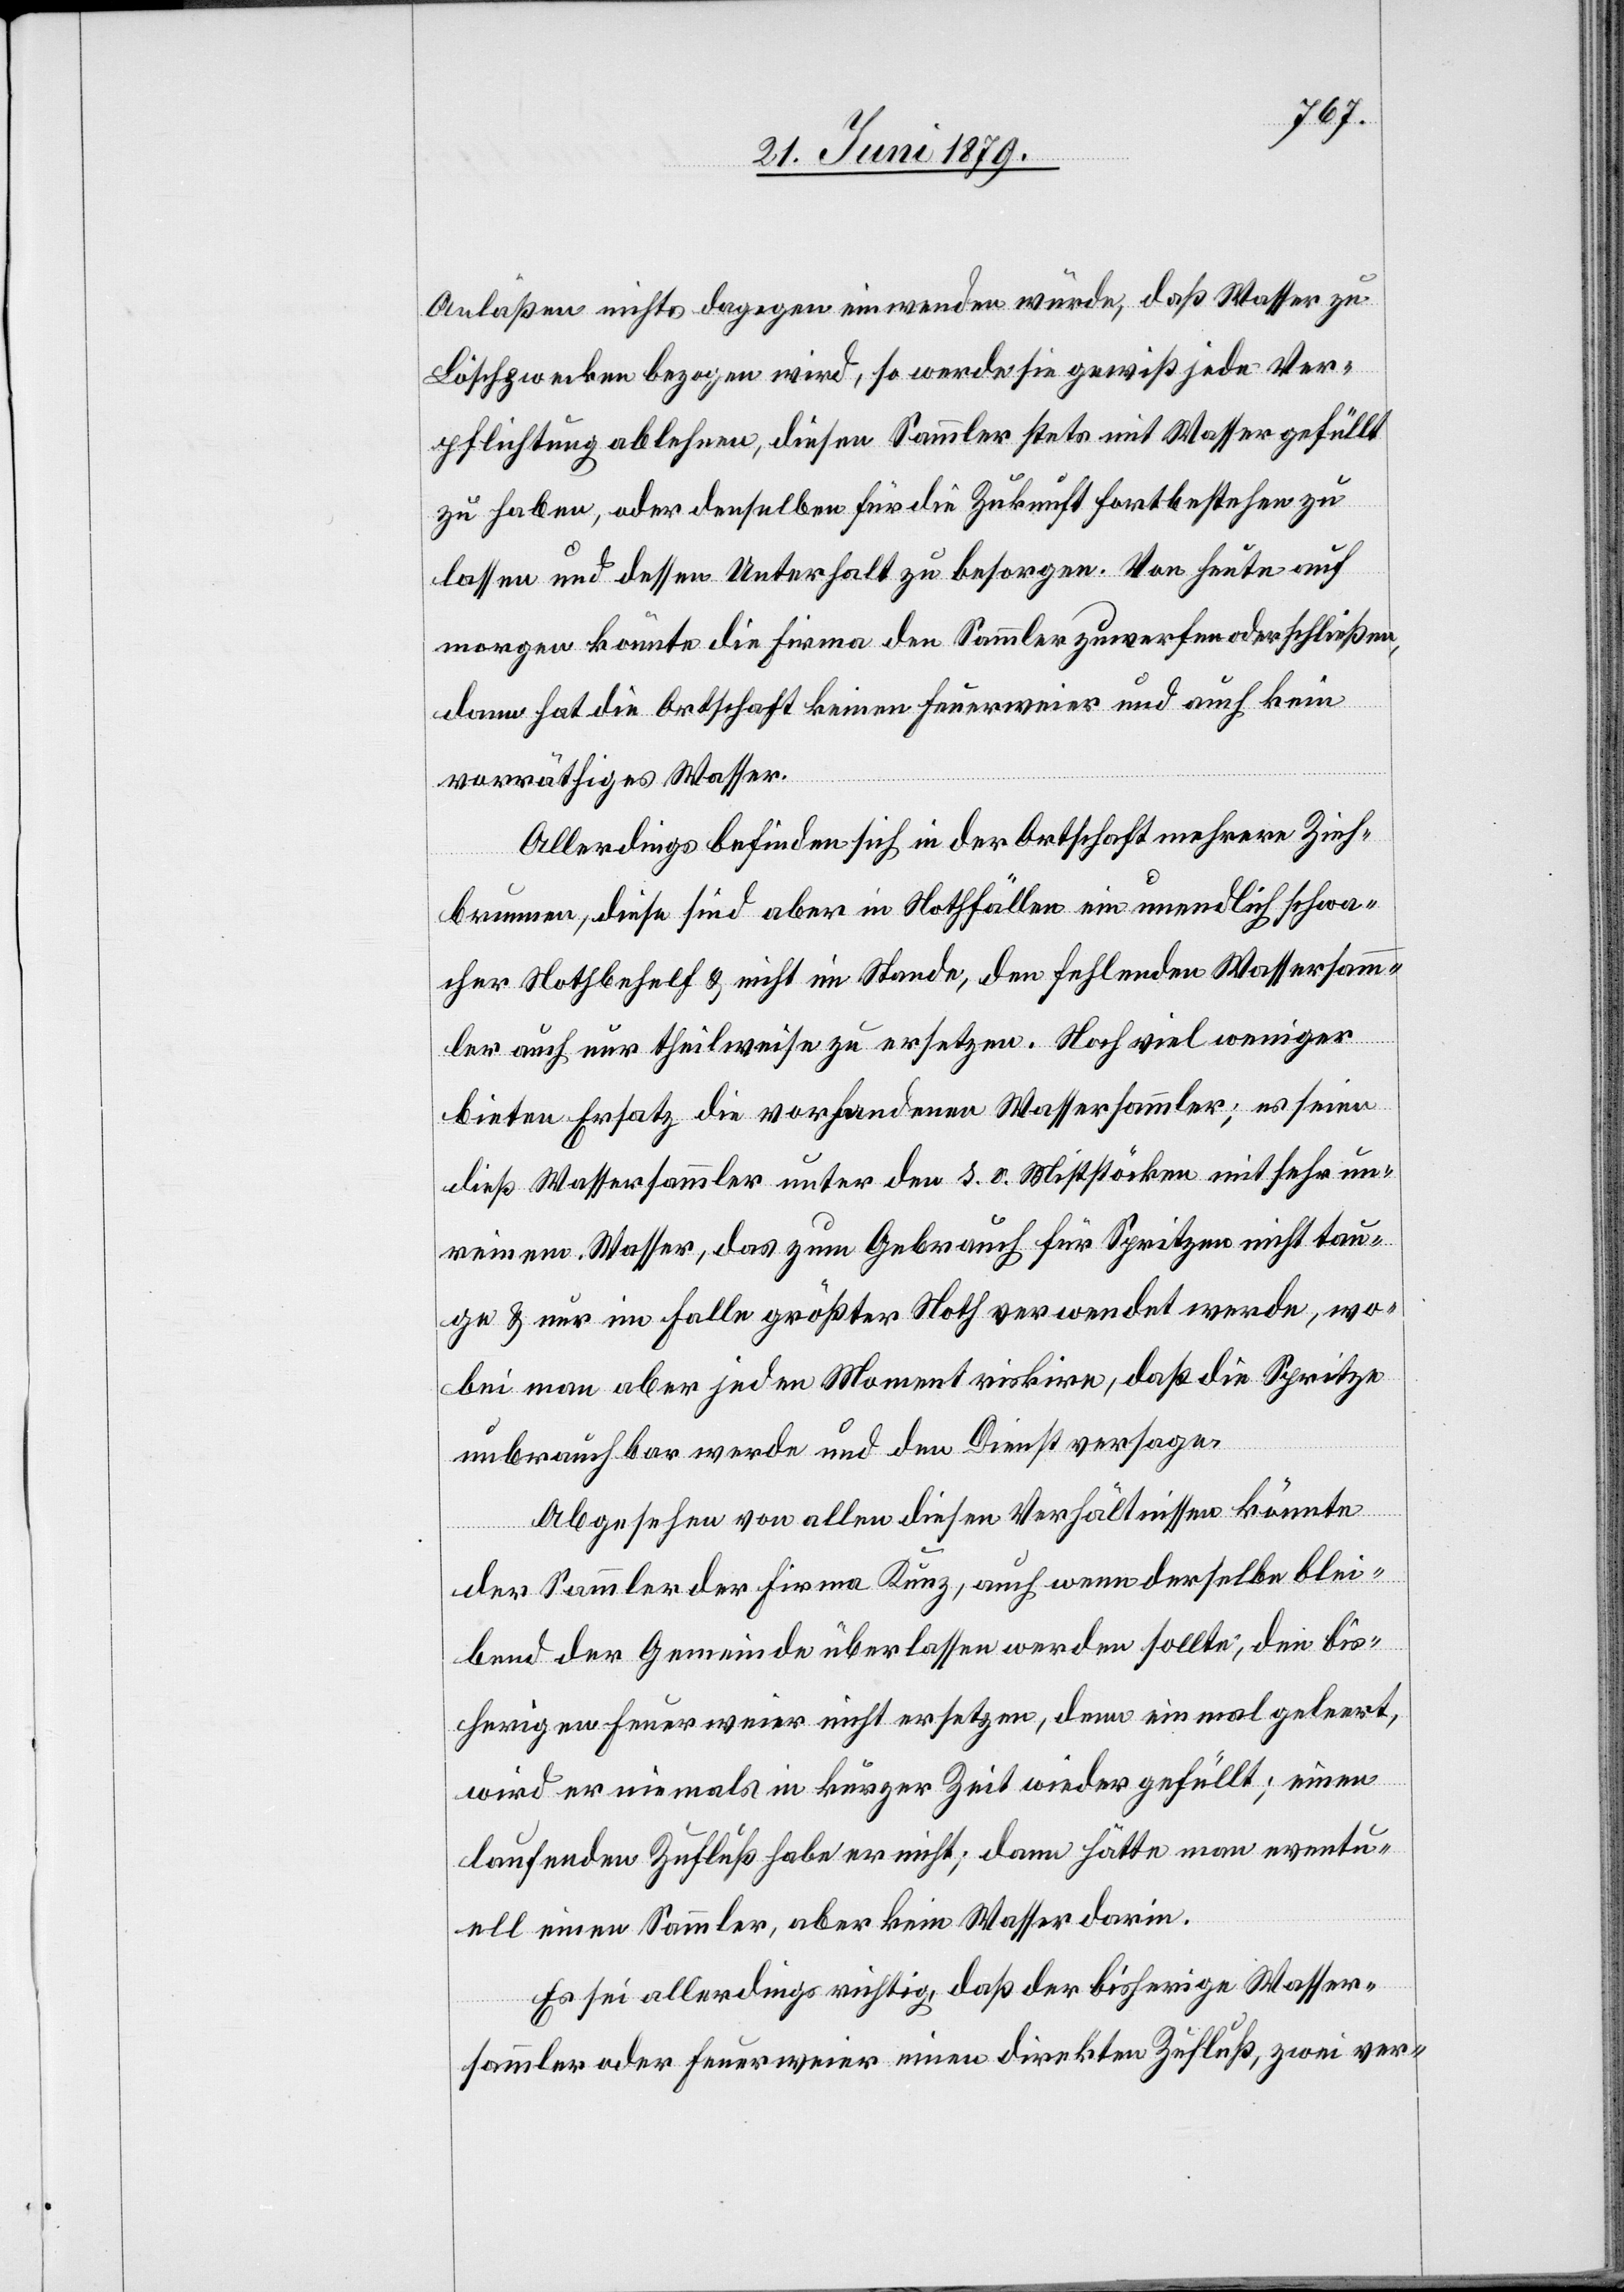
Anläßen nichts dagegen einwenden würde, daß Wasser zu
Löschzwecken bezogen wird, so werde sie gewiß jede Ver¬
pflichtung ablehnen, diesen Sammler stets mit Wasser gefüllt
zu haben, oder denselben für die Zukunft fortbestehen zu
lassen und dessen Unterhalt zu besorgen. Von heute auf
morgen könnte die Firma den Sammler zuwerfen oder schließen,
dann hat die Ortschaft keinen Feuerweier und auch kein
vorräthiges Wasser.
Allerdings befinden sich in der Ortschaft mehrere Zieh¬
brunnen, diese sind aber in Nothfällen ein unendlich schwa¬
cher Nothbehelf & nicht im Stande, den fehlenden Wassersamm¬
ler auch nur theilweise zu ersetzen. Noch viel weniger
bieten Ersatz die vorhandenen Wassersammler; es seien
dieß Wassersammler unter den s. o. Miststöcken mit sehr un¬
reinem Wasser, das zum Gebrauch für Spritzen nicht tau¬
ge & nur im Falle größter Noth verwendet werde, wo¬
bei man aber jeden Moment riskire, daß die Spritze
unbrauchbar werde und den Dienst versage.
Abgesehen von allen diesen Verhältnissen könnte
der Sammler der Firma Kunz, auch wenn derselbe blei¬
bend der Gemeinde überlassen werden sollte, den bis¬
herigen Feuerweier nicht ersetzen, denn einmal geleert,
wird er niemals in kurzer Zeit wieder gefüllt; einen
laufenden Zufluß habe er nicht; dann hätte man eventu¬
ell einen Sammler, aber kein Wasser darin.
Es sei allerdings richtig, daß der bisherige Wasser¬
sammler oder Feuerweier einen direkten Zufluß, zwei ver-